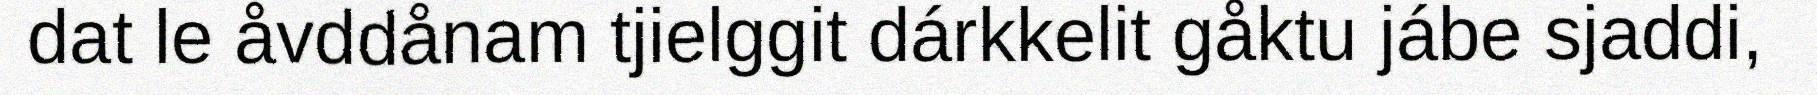
dat le åvddånam tjielggit dárkkelit gåktu jábe sjaddi,